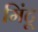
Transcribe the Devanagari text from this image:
मिंटू